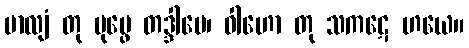
မာလျံ တု ပုပ္ဖေ တဒ္ဒါမေ၊ ဝါဟော တု သကဋေ ဟယေ။